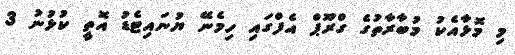
މި މޮޅާއެކު މުބާރާތުގެ ގްރޫޕް އެފްގައި ހިމެނޭ ޔުނައިޓެޑު އޮތީ ކުޅުނު 3